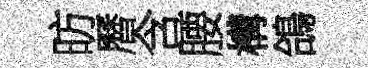
昉曆含腰構鴿